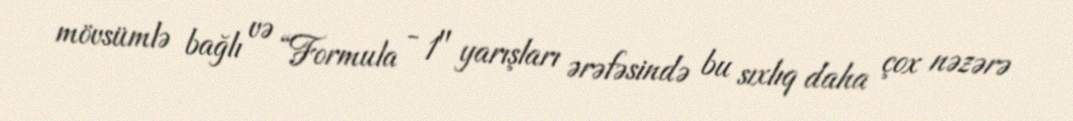
mövsümlə bağlı və “Formula - 1" yarışları ərəfəsində bu sıxlıq daha çox nəzərə